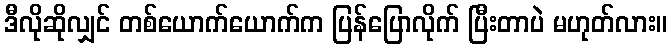
ဒီလိုဆိုလျှင် တစ်ယောက်ယောက်က ပြန်ပြောလိုက် ပြီးတာပဲ မဟုတ်လား။